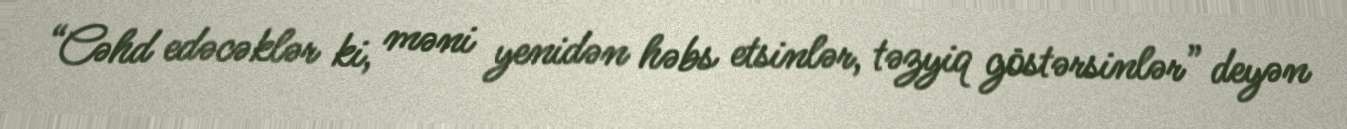
“Cəhd edəcəklər ki, məni yenidən həbs etsinlər, təzyiq göstərsinlər” deyən